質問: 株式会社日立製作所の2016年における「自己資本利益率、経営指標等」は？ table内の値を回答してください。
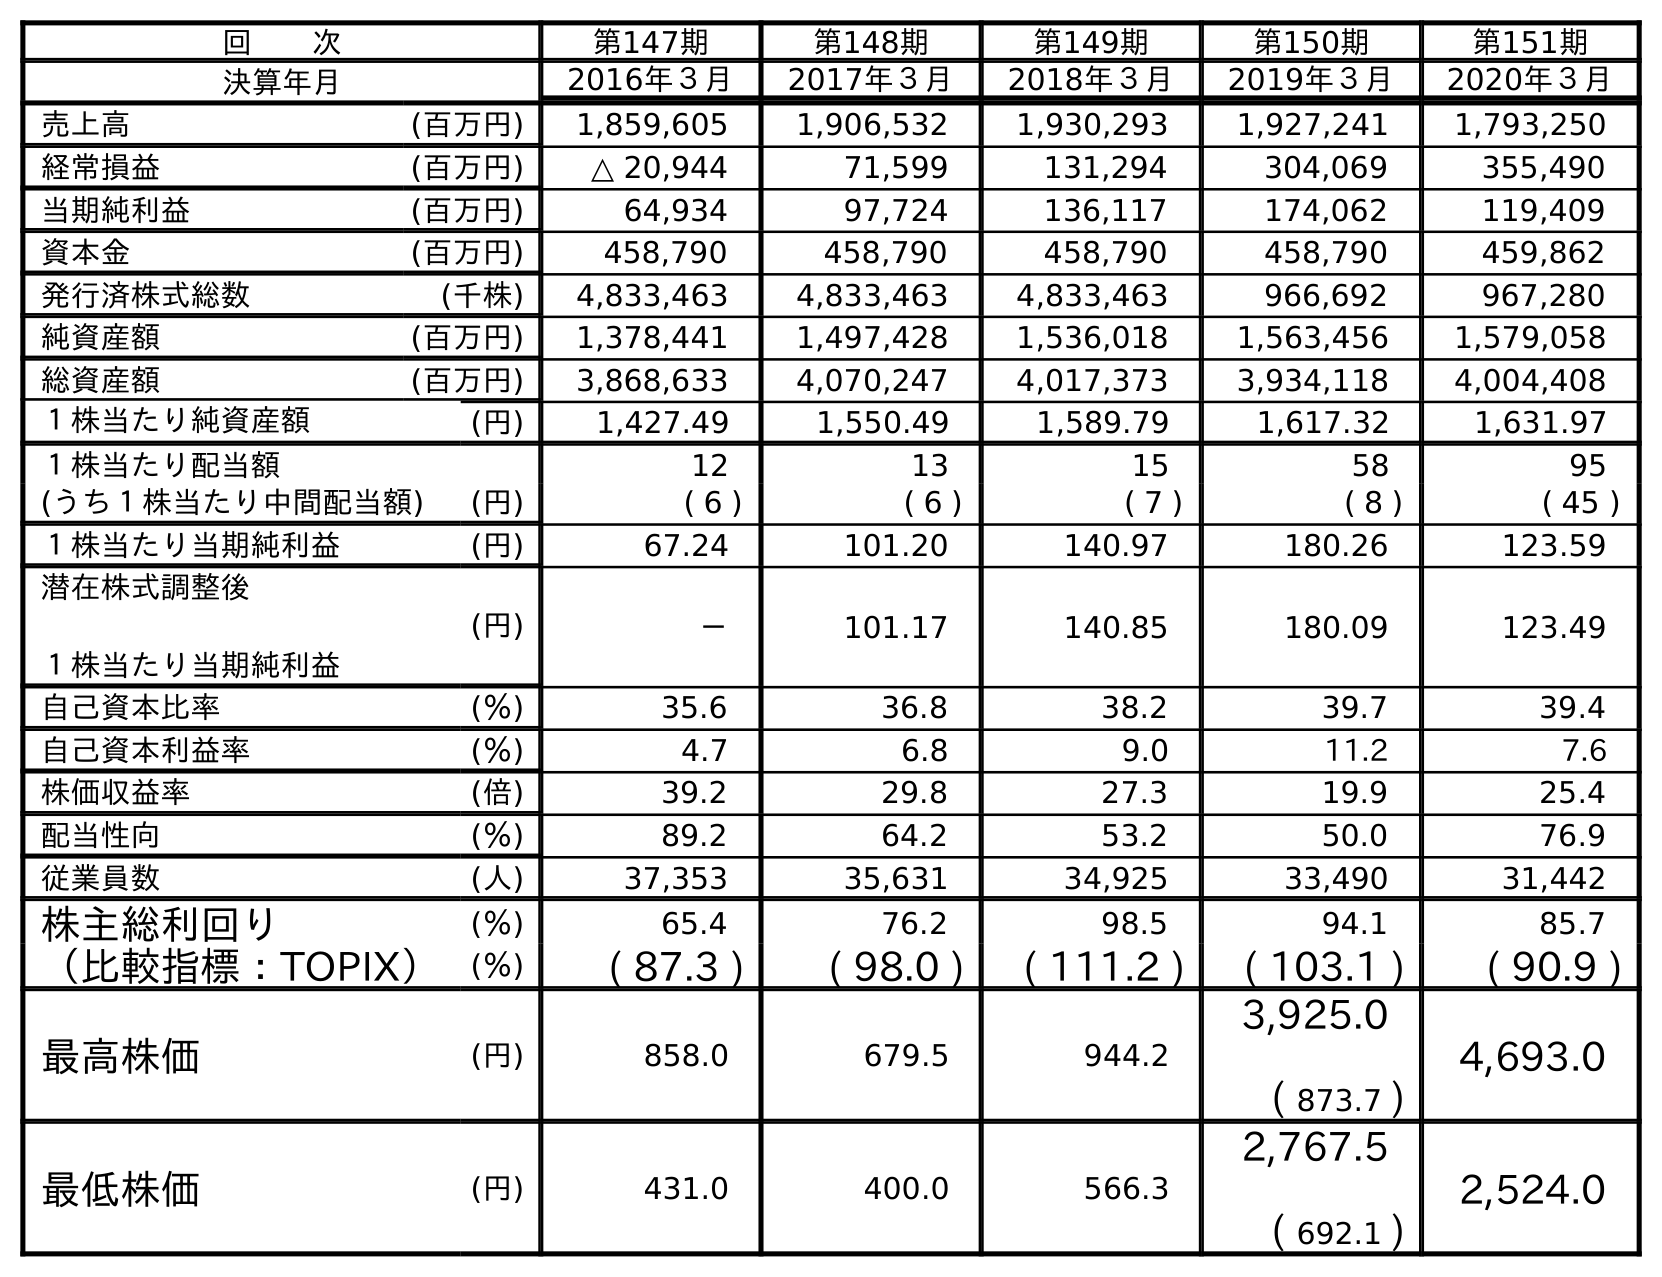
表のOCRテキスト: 回  次 第147期 第148期 第149期 第150期 第151期 決算年月 2016年３月 2017年３月 2018年３月 2019年３月 2020年３月 売上高 (百万円) 1,859,605 1,906,532 1,930,293 1,927,241 1,793,250 経常損益 (百万円) △ 20,944 71,599 131,294 304,069 355,490 当期純利益 (百万円) 64,934 97,724 136,117 174,062 119,409 資本金 (百万円) 458,790 458,790 458,790 458,790 459,862 発行済株式総数 (千株) 4,833,463 4,833,463 4,833,463 966,692 967,280 純資産額 (百万円) 1,378,441 1,497,428 1,536,018 1,563,456 1,579,058 総資産額 (百万円) 3,868,633 4,070,247 4,017,373 3,934,118 4,004,408 １株当たり純資産額 (円) 1,427.49 1,550.49 1,589.79 1,617.32 1,631.97 １株当たり配当額 12 13 15 58 95 (うち１株当たり中間配当額) (円) ( 6 ) ( 6 ) ( 7 ) ( 8 ) ( 45 ) １株当たり当期純利益 (円) 67.24 101.20 140.97 180.26 123.59 潜在株式調整後 １株当たり当期純利益 (円) － 101.17 140.85 180.09 123.49 自己資本比率 (％) 35.6 36.8 38.2 39.7 39.4 自己資本利益率 (％) 4.7 6.8 9.0 11.2 7.6 株価収益率 (倍) 39.2 29.8 27.3 19.9 25.4 配当性向 (％) 89.2 64.2 53.2 50.0 76.9 従業員数 (人) 37,353 35,631 34,925 33,490 31,442 株主総利回り (％) 65.4 76.2 98.5 94.1 85.7 （比較指標：TOPIX） (％) ( 87.3 ) ( 98.0 ) ( 111.2 ) ( 103.1 ) ( 90.9 ) 最高株価 (円) 858.0 679.5 944.2 3,925.0 ( 873.7 ) 4,693.0 最低株価 (円) 431.0 400.0 566.3 2,767.5 ( 692.1 ) 2,524.0
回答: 4.7